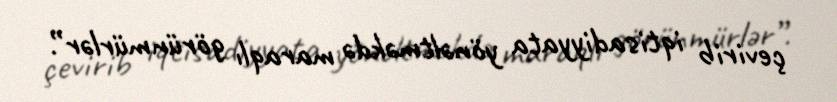
çevirib iqtisadiyyata yönəltməkdə maraqlı görünmürlər”.